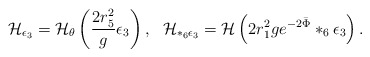
\begin{align*}{\cal H}_{\epsilon_3} = {\cal H}_{\theta} \left ({ 2 r_5^2 \over g} \epsilon_3\right ), ~~{\cal H}_{*_6\epsilon_3} = {\cal H} \left (2 r_1^2 g e^{-2 \bar\Phi}*_6 \epsilon_3\right ).\end{align*}